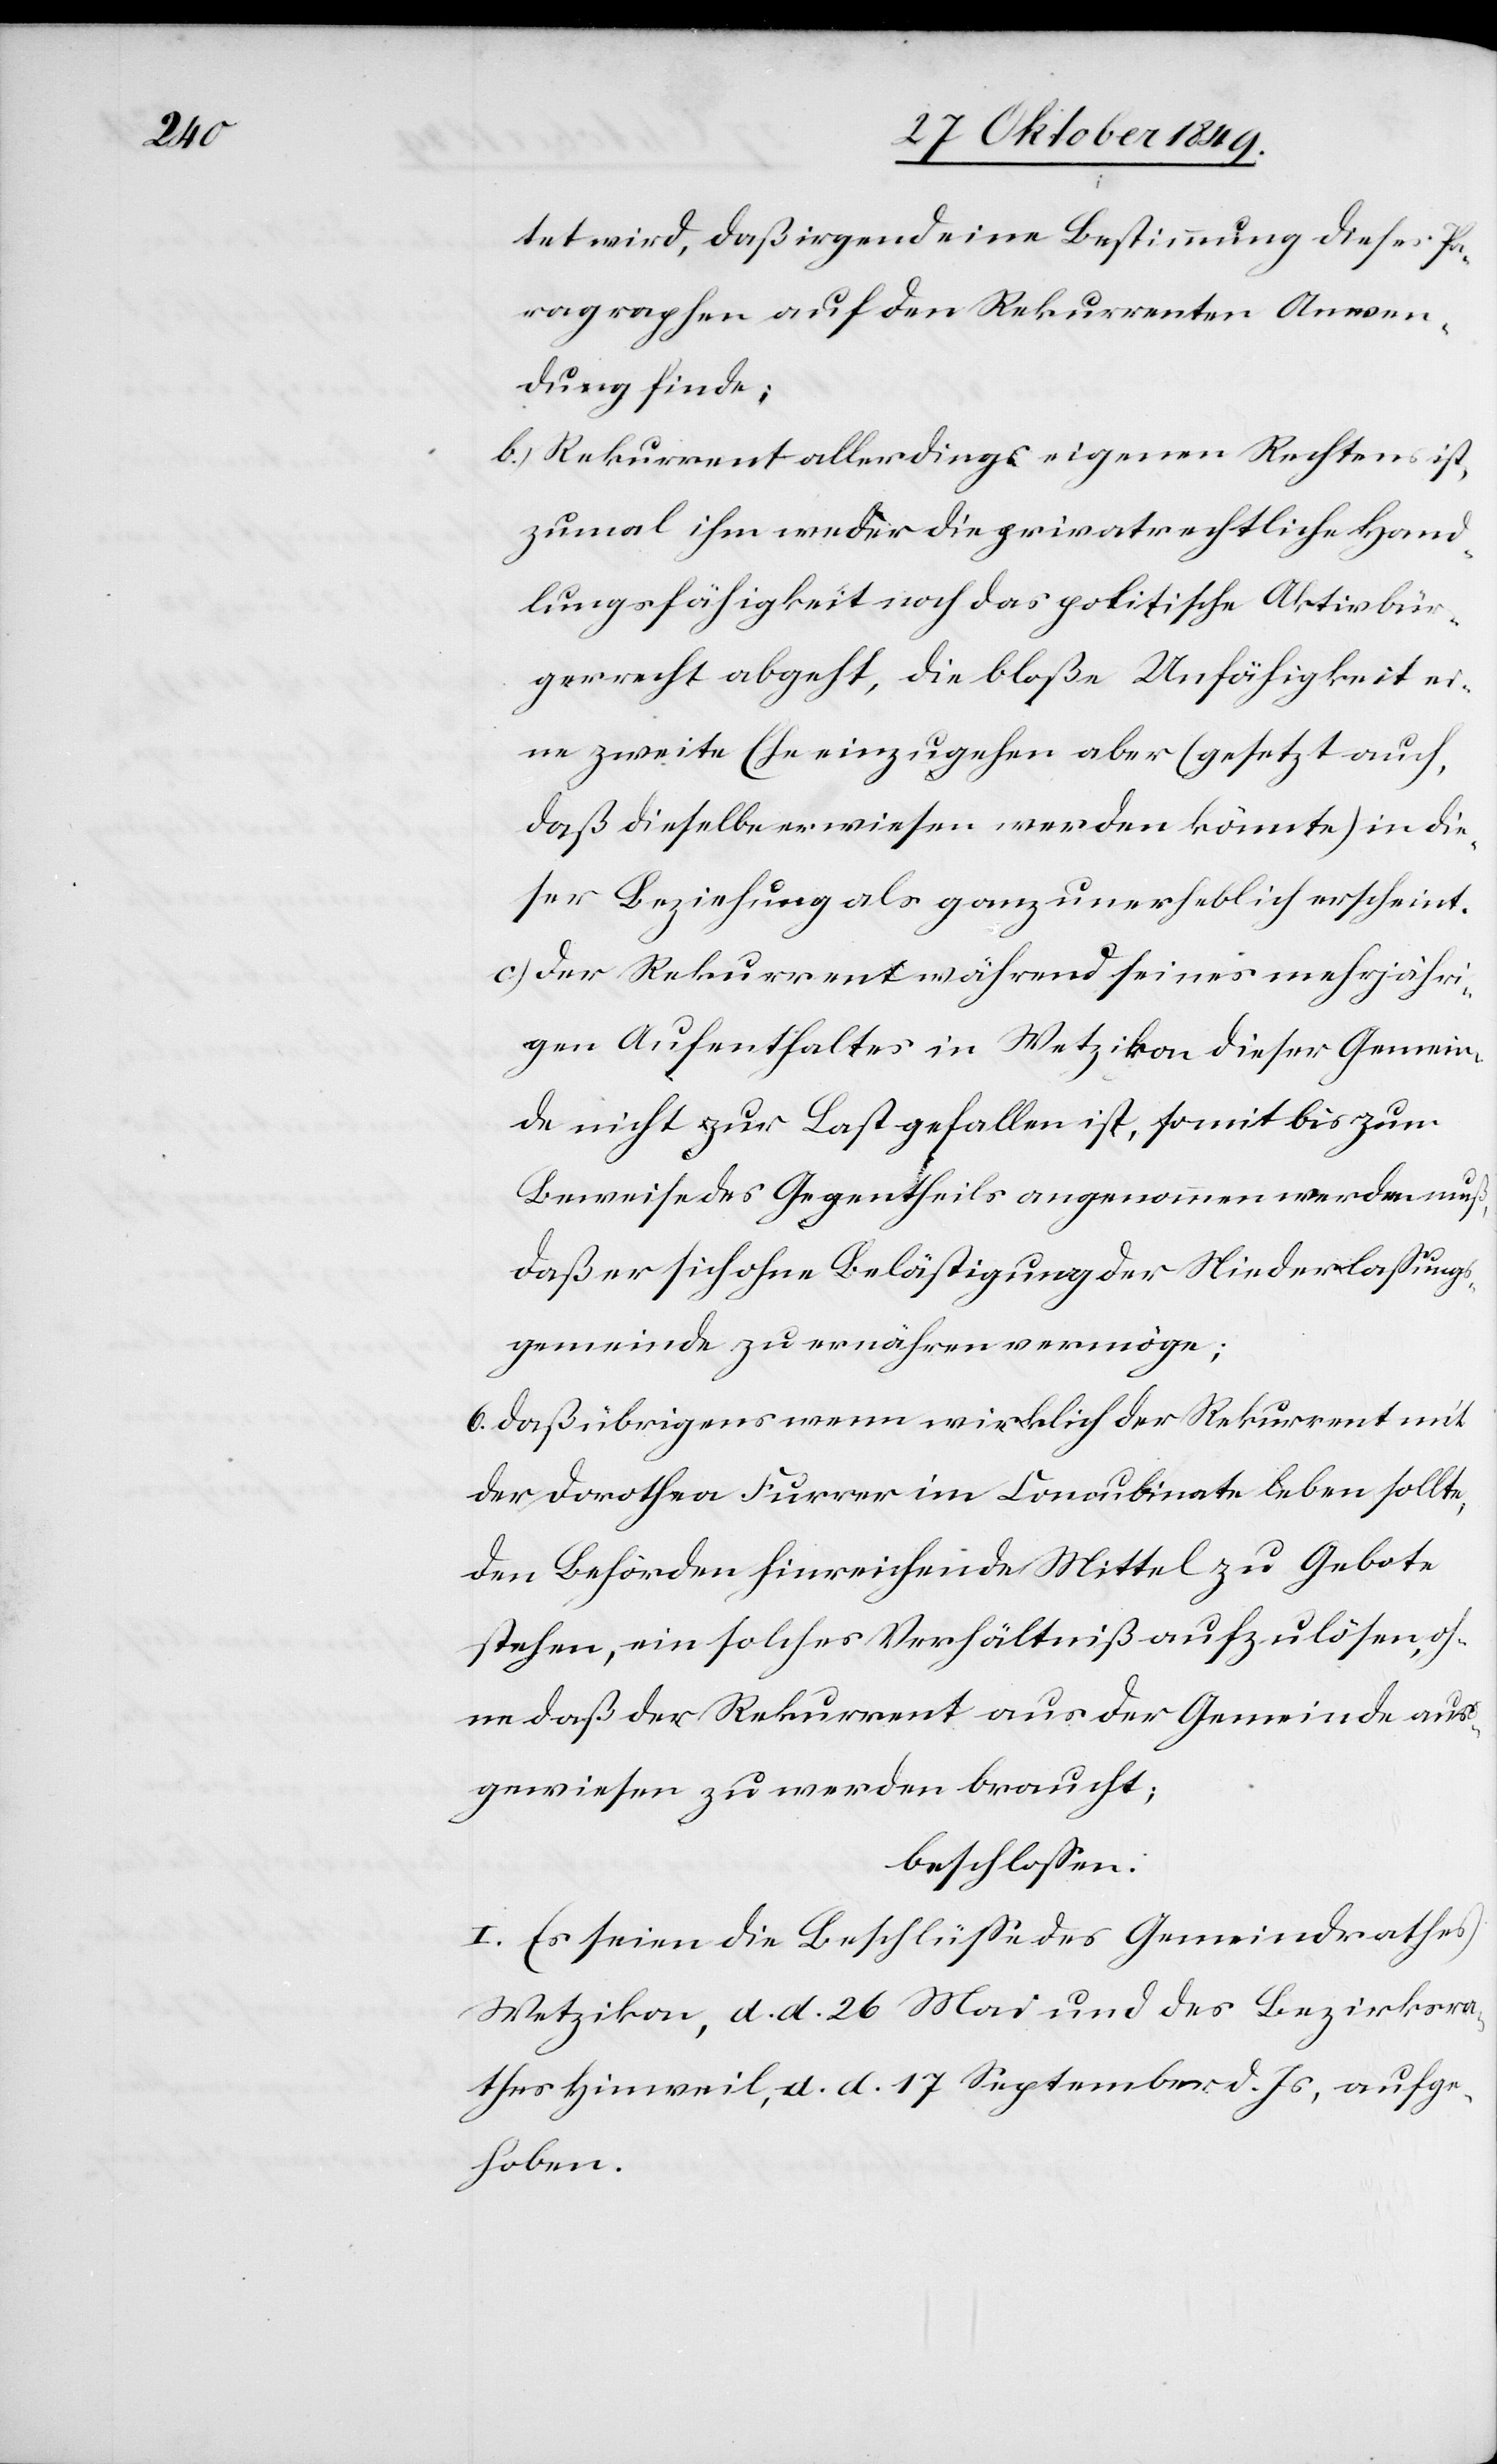
tet wird, daß irgend eine Bestimmung dieses Pa¬
ragraphen auf den Rekurrenten Anwen¬
dung finde;
b) Rekurrent allerdings eigenen Rechtens ist,
zumal ihm weder die privatrechtliche Hand¬
lungsfähigkeit noch das politische Aktivbür¬
gerrecht abgeht, die bloße Unfähigkeit ei¬
ne zweite Ehe einzugehen aber (gesetzt auch,
daß dieselbe erwiesen werden könnte) in die¬
ser Beziehung als ganz unerheblich erscheint.
c) der Rekurrent während seines mehrjähri¬
gen Aufenthaltes in Wetzikon dieser Gemein¬
de nicht zur Last gefallen ist, somit bis zum
Beweise des Gegentheils angenommen werden muß,
daß er sich ohne Belästigung der Niederlaßungs¬
gemeinde zu ernähren vermöge;
6. daß übrigens wenn wirklich der Rekurrent mit
der Dorothea Furrer im Concubinate leben sollte,
den Behörden hinreichende Mittel zu Gebote
stehen, ein solches Verhältniß aufzulösen, oh¬
ne daß der Rekurrent aus der Gemeinde aus¬
gewiesen zu werden braucht;
beschloßen:
I. Es seien die Beschlüße des Gemeindrathes
Wetzikon, d. d. 26 Mai und des Bezirksra¬
thes Hinweil, d. d. 17 September d. Js., aufge¬
hoben.